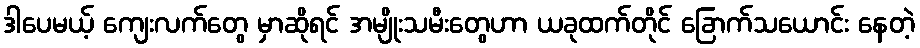
ဒါပေမယ့် ကျေးလက်တွေ မှာဆိုရင် အမျိုးသမီးတွေဟာ ယခုထက်တိုင် ခြောက်သယောင်း နေတဲ့